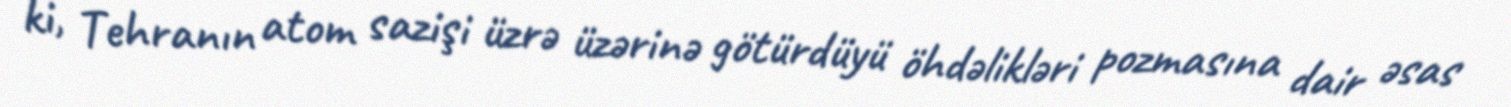
ki, Tehranın atom sazişi üzrə üzərinə götürdüyü öhdəlikləri pozmasına dair əsas